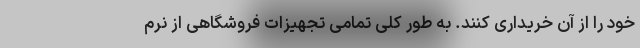
خود را از آن خریداری کنند. به طور کلی تمامی تجهیزات فروشگاهی از نرم